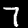
Label: 7